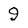
Character: 9